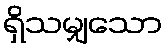
ရှိသမျှသော